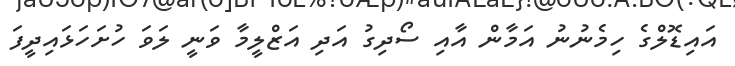
އައިޑޮލްގެ ހިމެނުނު އަމާން އާއި ސޯދިގު އަދި އަޒްލީމާ ވަނީ ލަވަ ހުށަހަޅައިދީފަ